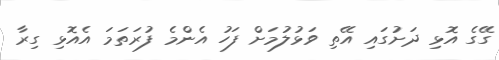
ގޭގެ އޮޅި ދަށުގައި އޭތި ވަޅުލުމަށް ފަހު އެންމެ ފުރަތަމަ އެއޮޅި ގިރާ